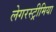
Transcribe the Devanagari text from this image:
लेगरस्ट्रीमिया